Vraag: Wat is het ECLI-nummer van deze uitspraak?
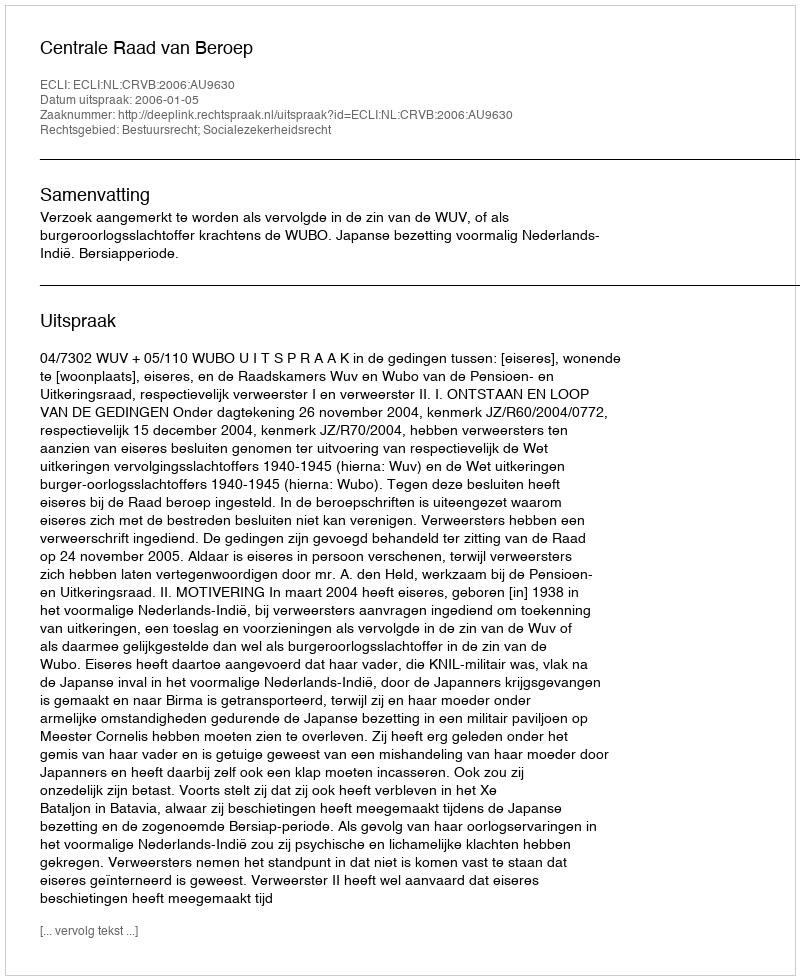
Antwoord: ECLI:NL:CRVB:2006:AU9630